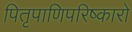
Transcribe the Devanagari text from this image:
पितृपाणिपरिष्कारो